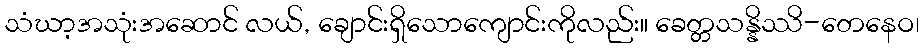
သံဃာ့အသုံးအဆောင် လယ်, ချောင်းရှိသောကျောင်းကိုလည်း။ ခေတ္တသန္နိဿိ-တေနေဝ၊